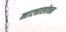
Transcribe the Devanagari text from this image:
नाट्यालोचन